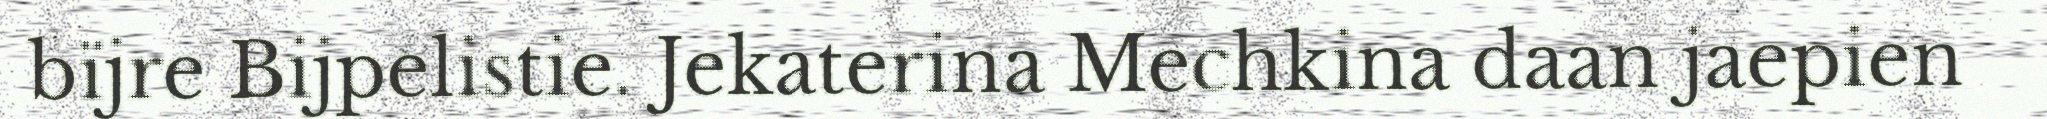
bïjre Bijpelistie. Jekaterina Mechkina daan jaepien